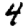
Digit: 4